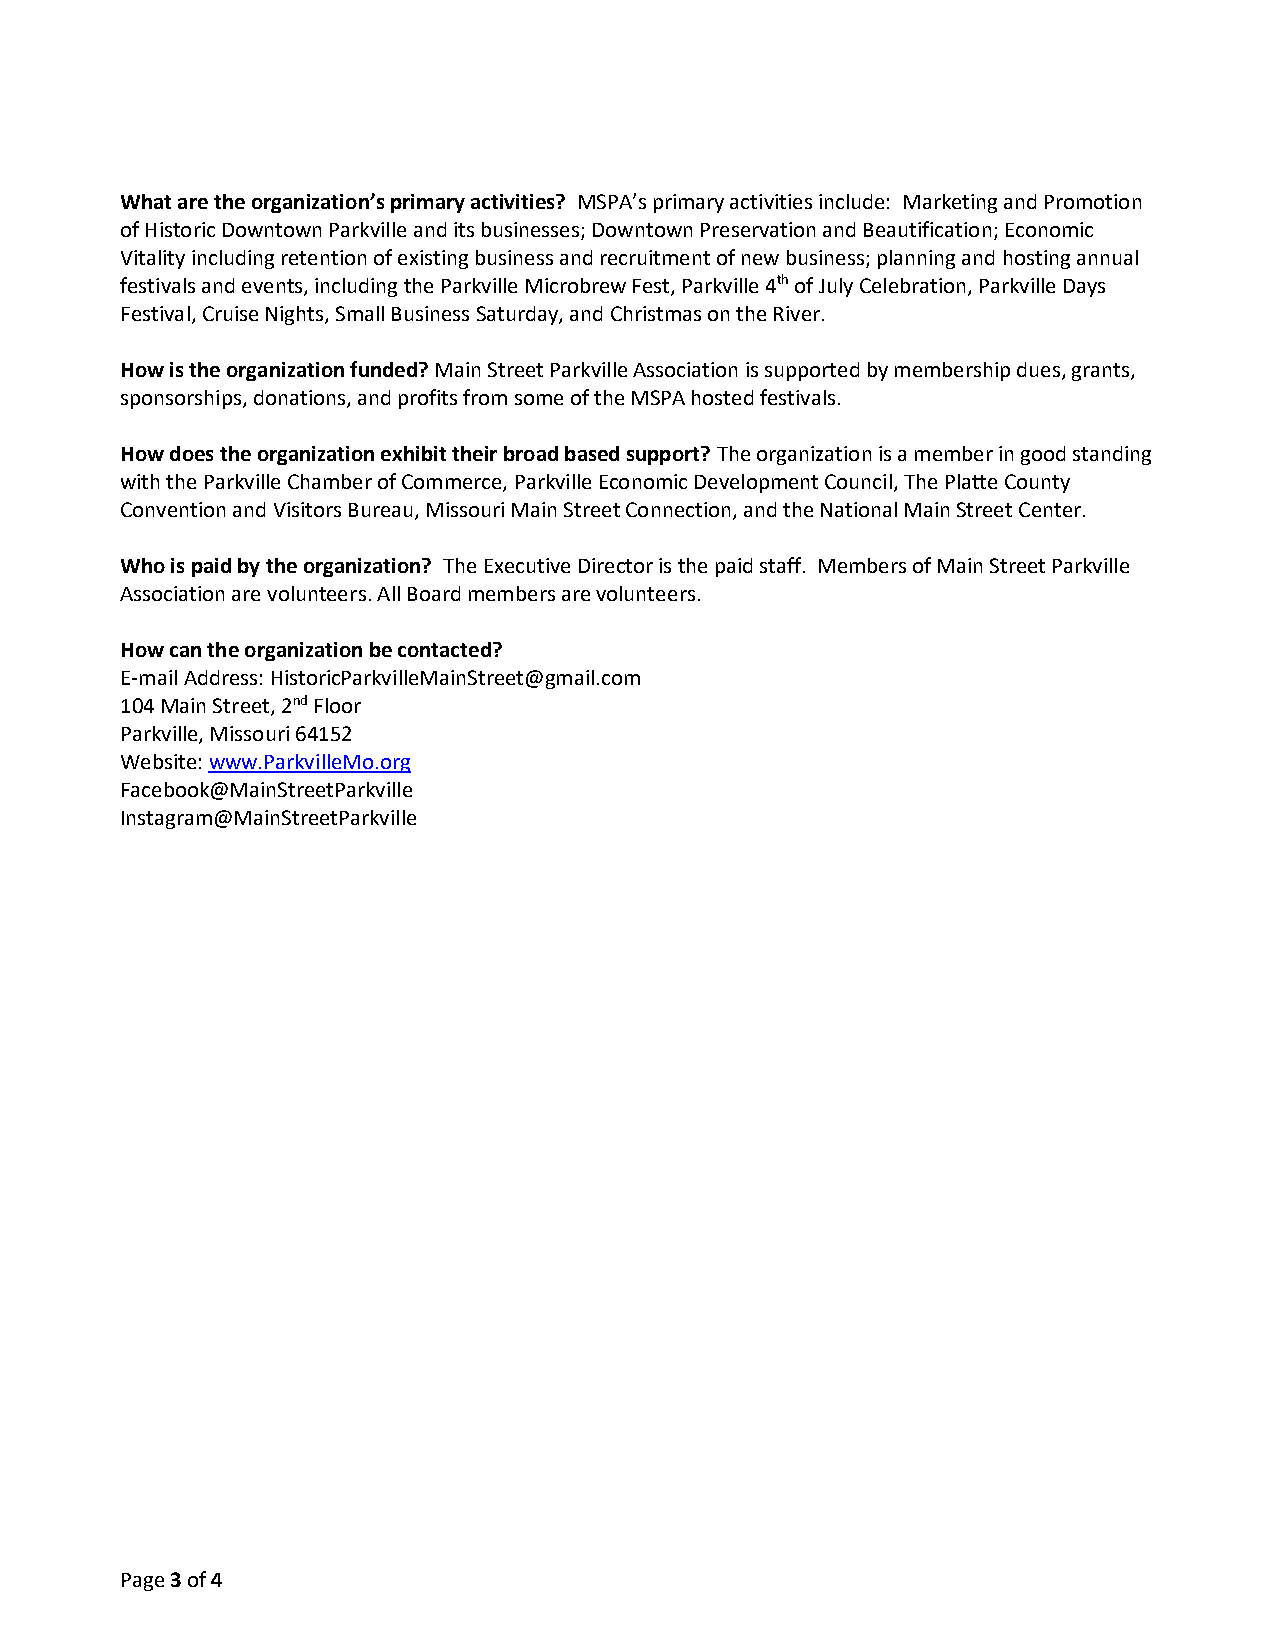
What are the organization’s primary activities? MSPA’s primary activities include: Marketing and Promotion
 of Historic Downtown Parkville and its businesses; Downtown Preservation and Beautification; Economic
 Vitality including retention of existing business and recruitment of new business; planning and hosting annual
 festivals and events, including the Parkville Microbrew Fest, Parkville 4th of July Celebration, Parkville Days
 Festival, Cruise Nights, Small Business Saturday, and Christmas on the River.
 How is the organization funded? Main Street Parkville Association is supported by membership dues, grants,
 sponsorships, donations, and profits from some of the MSPA hosted festivals.
 How does the organization exhibit their broad based support? The organization is a member in good standing
 with the Parkville Chamber of Commerce, Parkville Economic Development Council, The Platte County
 Convention and Visitors Bureau, Missouri Main Street Connection, and the National Main Street Center.
 Who is paid by the organization? The Executive Director is the paid staff. Members of Main Street Parkville
 Association are volunteers. All Board members are volunteers.
 How can the organization be contacted?
 E-mail Address: HistoricParkvilleMainStreet@gmail.com
 104 Main Street, 2nd Floor
 Parkville, Missouri 64152
 Website: www.ParkvilleMo.org
 Facebook@MainStreetParkville
 Instagram@MainStreetParkville
 Page 3 of 4